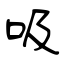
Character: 吸